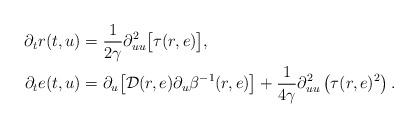
LaTeX: \begin{align*} \partial_t r(t,u) &= \frac{1}{2\gamma} \partial^2_{uu} \big[\tau(r, e)\big],\\ \partial_t e (t,u) &= \partial_u \big[\mathcal D(r,e) \partial_u \beta^{-1}(r,e) \big] + \frac 1{4\gamma}\partial^2_{uu}\left(\tau(r,e)^2\right). \end{align*}